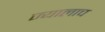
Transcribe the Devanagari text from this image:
ज्यालाच